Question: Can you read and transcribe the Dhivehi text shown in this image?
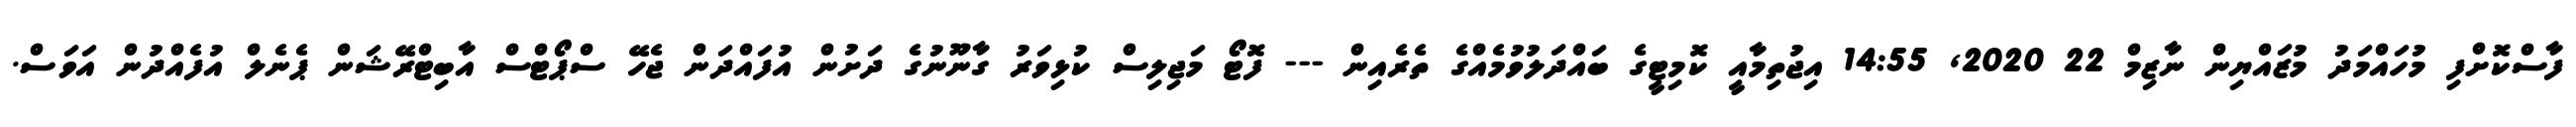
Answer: ފާސްކޮށްފި މުހައްމަދު މުޒައްޔިން ނާޒިމް 22 2020, 14:55 އިޖުތިމާއީ ކޮމިޓީގެ ބައްދަލުވުމެއްގެ ތެރެއިން --- ފޮޓޯ މަޖިލިސް ކުޅިވަރު ގާނޫނުގެ ދަށުން އުފައްދަން ޖެހޭ ސްޕޯޓްސް އާބިޓްރޭޝަން ޕެނެލް އުފެއްދުން އަވަސް.